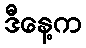
ဒီနေ့က